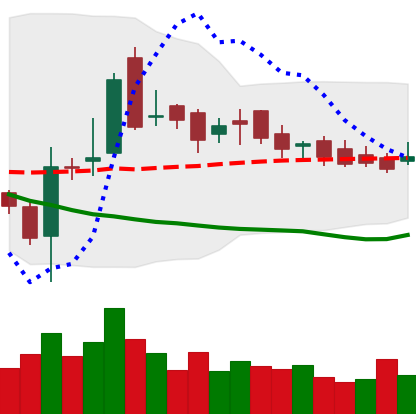
Ticker: LTC-USD
Chart end date: 2016-11-30
Forward return: -9.379%
Label: down_7plus